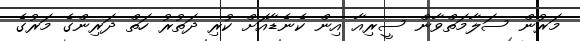
މަރުން ސަލާމަތްވާން ސީރިއާ އިން ކެނެޑާއަށް ކުރި ދަތުރު ހަތް ދަރިންގެ މަރުގެ